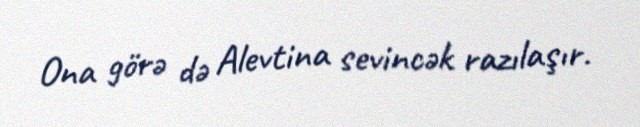
Ona görə də Alevtina sevincək razılaşır.